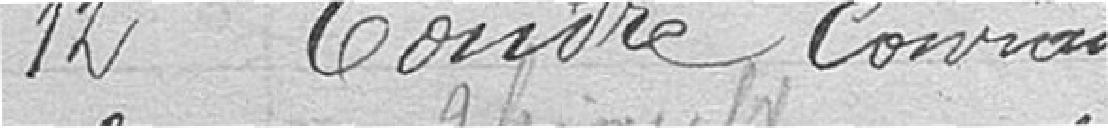
12. Tondre, Conrad